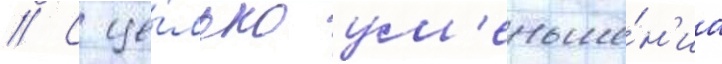
// С це́лью ум'еньше́н'иа